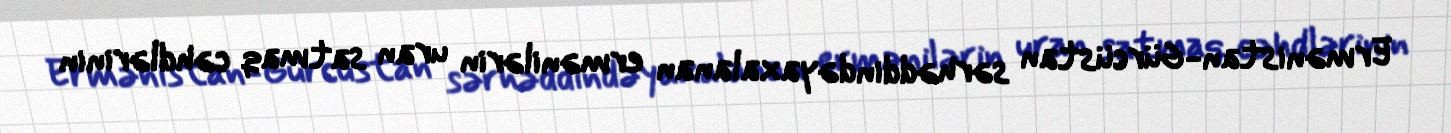
Ermənistan-Gürcüstan sərhəddindəyaxalanan ermənilərin uran satmaq cəhdlərinin